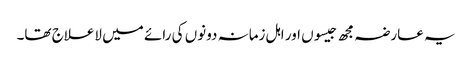
یہ عارضہ مجھ جیسوں اور اہل زمانہ دونوں کی رائے میں لاعلاج تھا۔